Annual report on the lock hospitals of the Madras Presidency
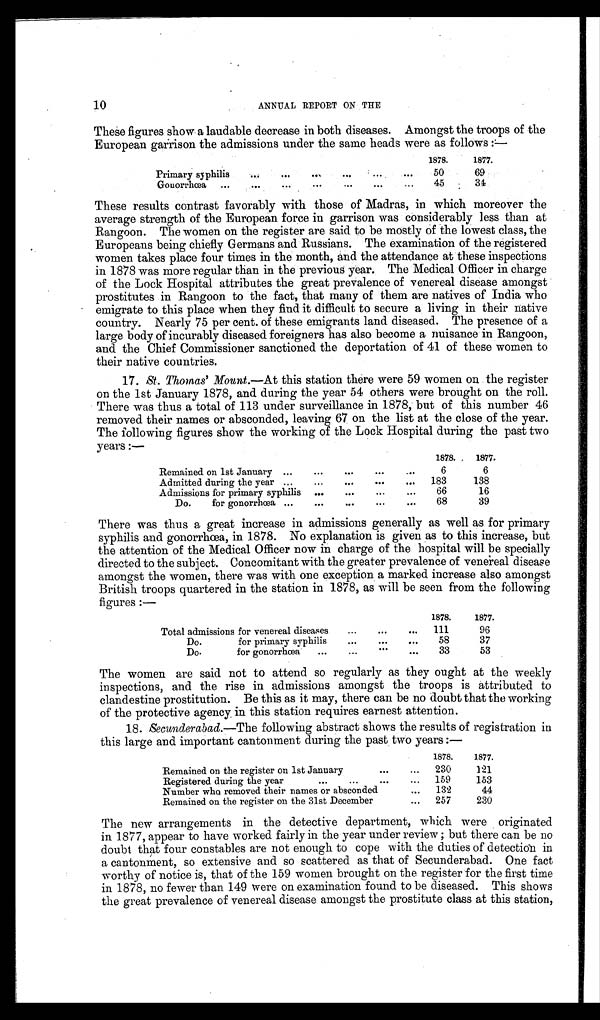
10
ANNUAL REPORT ON THE
These figures show a laudable decrease in both diseases. Amongst the troops of the
European garrison the admissions under the same heads were as follows:—
1878.
1877.
Primary syphilis
...
...
...
...
... ...
50
69
Gonorrhœa ...
...
. . .
. . .
. . .
. . .
. . .
45
34
These results contrast favorably with those of Madras, in which moreover the
average strength of the European force in garrison was considerably less than at
Rangoon. The women on the register are said to be mostly of the lowest class, the
Europeans being chiefly Germans and Russians. The examination of the registered
women takes place four times in the month, and the attendance at these inspections
in 1878 was more regular than in the previous year. The Medical Officer in charge
of the Lock Hospital attributes the great prevalence of venereal disease amongst
prostitutes in Rangoon to the fact, that many of them are natives of India who
emigrate to this place when they find it difficult to secure a living in their native
country. Nearly 75 per cent. of these emigrants land diseased. The presence of a
large body of incurably diseased foreigners has also become a nuisance in Rangoon,
and the Chief Commissioner sanctioned the deportation of 41 of these women to
their native countries.
17. St. Thomas' Mount.—At this station there were 59 women on the register
on the 1st January 1878, and during the year 54 others were brought on the roll.
There was thus a total of 113 under surveillance in 1878, but of this number 46
removed their names or absconded, leaving 67 on the list at the close of the year.
The following figures show the working of the Lock Hospital during the past two
years:—
1878.
1877.
Remained on 1st January ...
...
...
...
...
6
6
Admitted during the year ...
...
...
... . . .
183
138
Admissions for primary syphilis ...
...
...
...
66
16
Do. for gonorrhœa ...
...
...
...
...
68
39
There was thus a great increase in admissions generally as well as for primary
syphilis and gonorrhœa, in 1878. No explanation is given as to this increase, but
the attention of the Medical Officer now in charge of the hospital will be specially
directed to the subject. Concomitant with the greater prevalence of venereal disease
amongst the women, there was with one exception a marked increase also amongst
British troops quartered in the station in 1878, as will be seen from the following
figures:—
1878.
1877.
Total admissions for venereal diseases
...
...
... 111
96
Do. for primary syphilis
...
...
...
58
37
Do.
for gonorrhœa
...
. . .
...
. . . 33
53
The women are said not to attend so regularly as they ought at the weekly
inspections, and the rise in admissions amongst the troops is attributed to
clandestine prostitution. Be this as it may, there can be no doubt that the working
of the protective agency in this station requires earnest attention.
18. Secunderabad.—The following abstract shows the results of registration in
this large and important cantonment during the past two years:—
1878.
1877.
Remained on the register on 1st January
...
... 230
121
Registered during the year
...
...
...
... 159
153
Number who removed their names or absconded
... 132
44
Remained on the register on the 31st December
... 257
230
The new arrangements in the detective department, which were originated
in 1877, appear to have worked fairly in the year under review; but there can be no
doubt that four constables are not enough to cope with the duties of detection in
a cantonment, so extensive and so scattered as that of Secunderabad. One fact
worthy of notice is, that of the 159 women brought on the register for the first time
in 1878, no fewer than 149 were on examination found to be diseased. This shows
the great prevalence of venereal disease amongst the prostitute class at this station,